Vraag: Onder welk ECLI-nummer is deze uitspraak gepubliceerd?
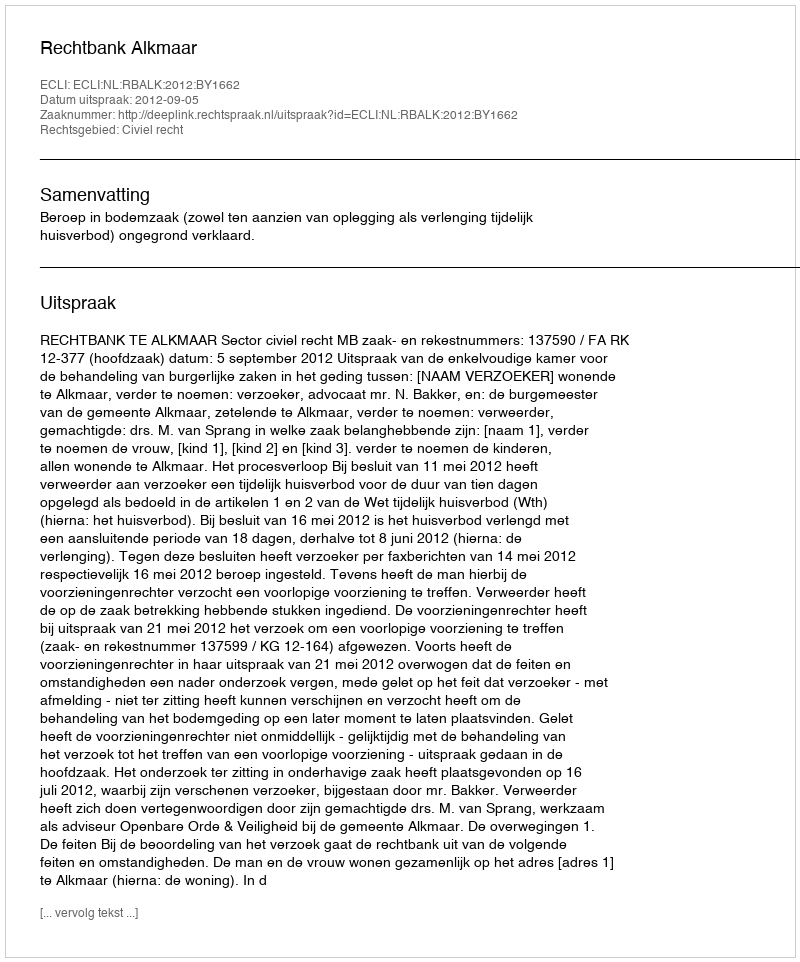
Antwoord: ECLI:NL:RBALK:2012:BY1662